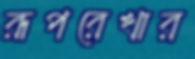
রূপরেখার